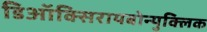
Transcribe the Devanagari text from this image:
डिऑक्सिरायबोन्युक्लिक